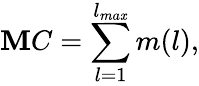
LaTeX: \mathbf{M}C=\sum_{l=1}^{l_{ma\mathit{x}}}m(l),